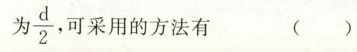
为 $$ \frac{d}{2} $$ 采用的方法有 ()